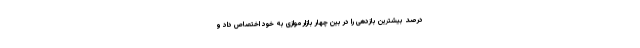
درصد بیشترین بازدهی را در بین چهار بازار موازی به خود اختصاص داد و